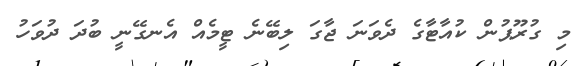
މި ގުރޫޕުން ކުއާޓާގެ ދެވަނަ ޖާގަ ލިބޭނެ ޓީމެއް އެނގޭނީ ބުދަ ދުވަހު